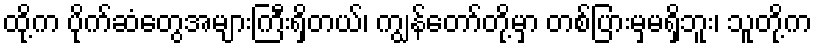
ထို့က ပိုက်ဆံတွေအများကြီးရှိတယ်၊ ကျွန်တော်တို့မှာ တစ်ပြားမှမရှိဘူး၊ သူတို့က